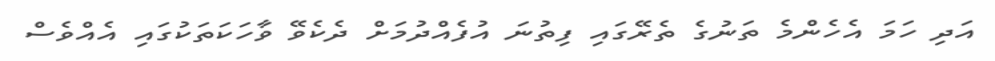
އަދި ހަމަ އެހެންމެ ތަނުގެ ތެރޭގައި ފިތުނަ އުފެއްދުމަށް ދެކެވޭ ވާހަކަތަކުގައި އެއްވެސް